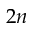
2 n